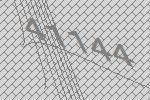
41144